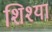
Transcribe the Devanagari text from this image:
शिश्या